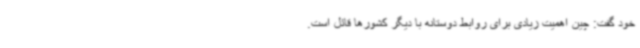
خود گفت: چین اهمیت زیادی برای روابط دوستانه با دیگر کشورها قائل است.